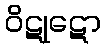
ဝိဋုဋော